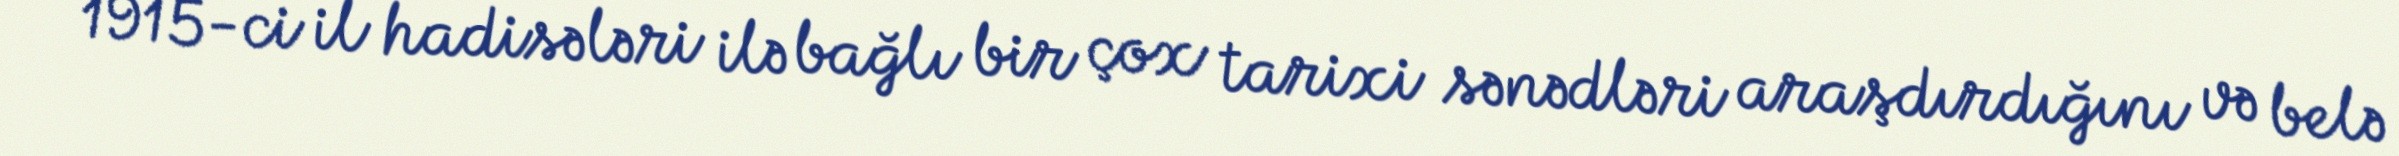
1915-ci il hadisələri ilə bağlı bir çox tarixi sənədləri araşdırdığını və belə